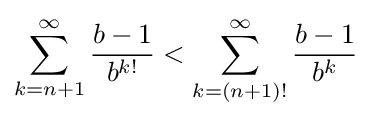
{\begin{aligned}\sum _{k=n+1}^{\infty }{\frac {b-1}{b^{k!}}}<\sum _{k=(n+1)!}^{\infty }{\frac {b-1}{b^{k}}}\end{aligned}}